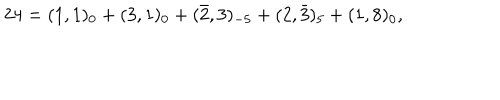
2 4 = ( 1 , 1 ) _ { 0 } + ( 3 , 1 ) _ { 0 } + ( \bar { 2 } , 3 ) _ { - 5 } + ( 2 , \bar { 3 } ) _ { 5 } + ( 1 , 8 ) _ { 0 } ,